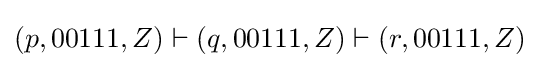
(p,00111,Z)\vdash (q,00111,Z)\vdash (r,00111,Z)